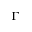
\Gamma